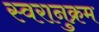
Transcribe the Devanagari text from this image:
स्वरानुक्रम